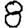
Digit: 8